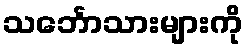
သင်္ဘောသားများကို